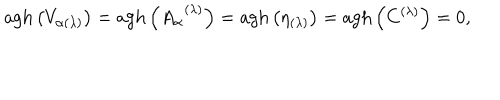
LaTeX: \mathrm { a g h } \left( V _ { \alpha ( \lambda ) } \right) = \mathrm { a g h } \left( A _ { \alpha } ^ { \; \; ( \lambda ) } \right) = \mathrm { a g h } \left( \eta _ { ( \lambda ) } \right) = \mathrm { a g h } \left( C ^ { ( \lambda ) } \right) = 0 ,